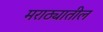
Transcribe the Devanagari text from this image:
मराठ्यातील